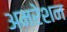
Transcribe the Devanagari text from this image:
अमरेशन